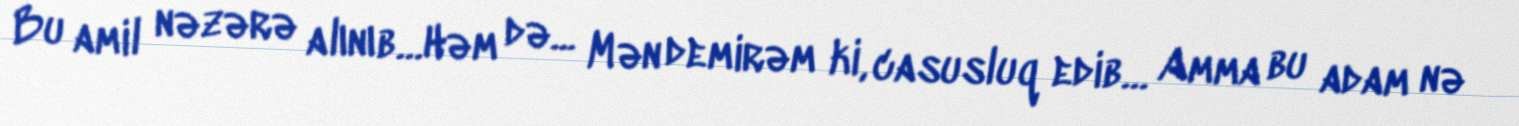
Bu amil nəzərə alınıb…Həm də... Mən demirəm ki, casusluq edib… Amma bu adam nə